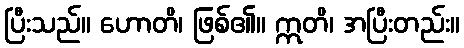
ပြီးသည်။ ဟောတိ၊ ဖြစ်၏။ ဣတိ၊ အပြီးတည်း။